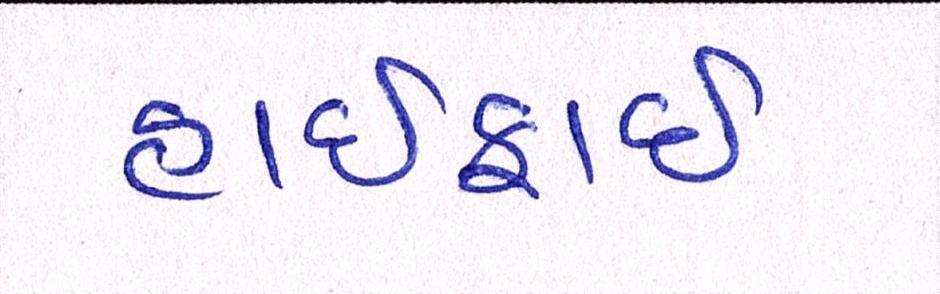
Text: હાઈફાઈ